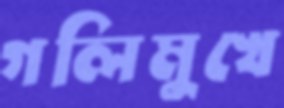
গলিমুখে